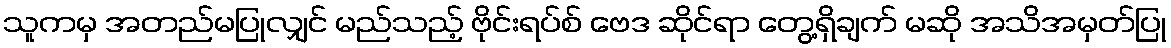
သူကမှ အတည်မပြုလျှင် မည်သည့် ဗိုင်းရပ်စ် ဗေဒ ဆိုင်ရာ တွေ့ရှိချက် မဆို အသိအမှတ်ပြု